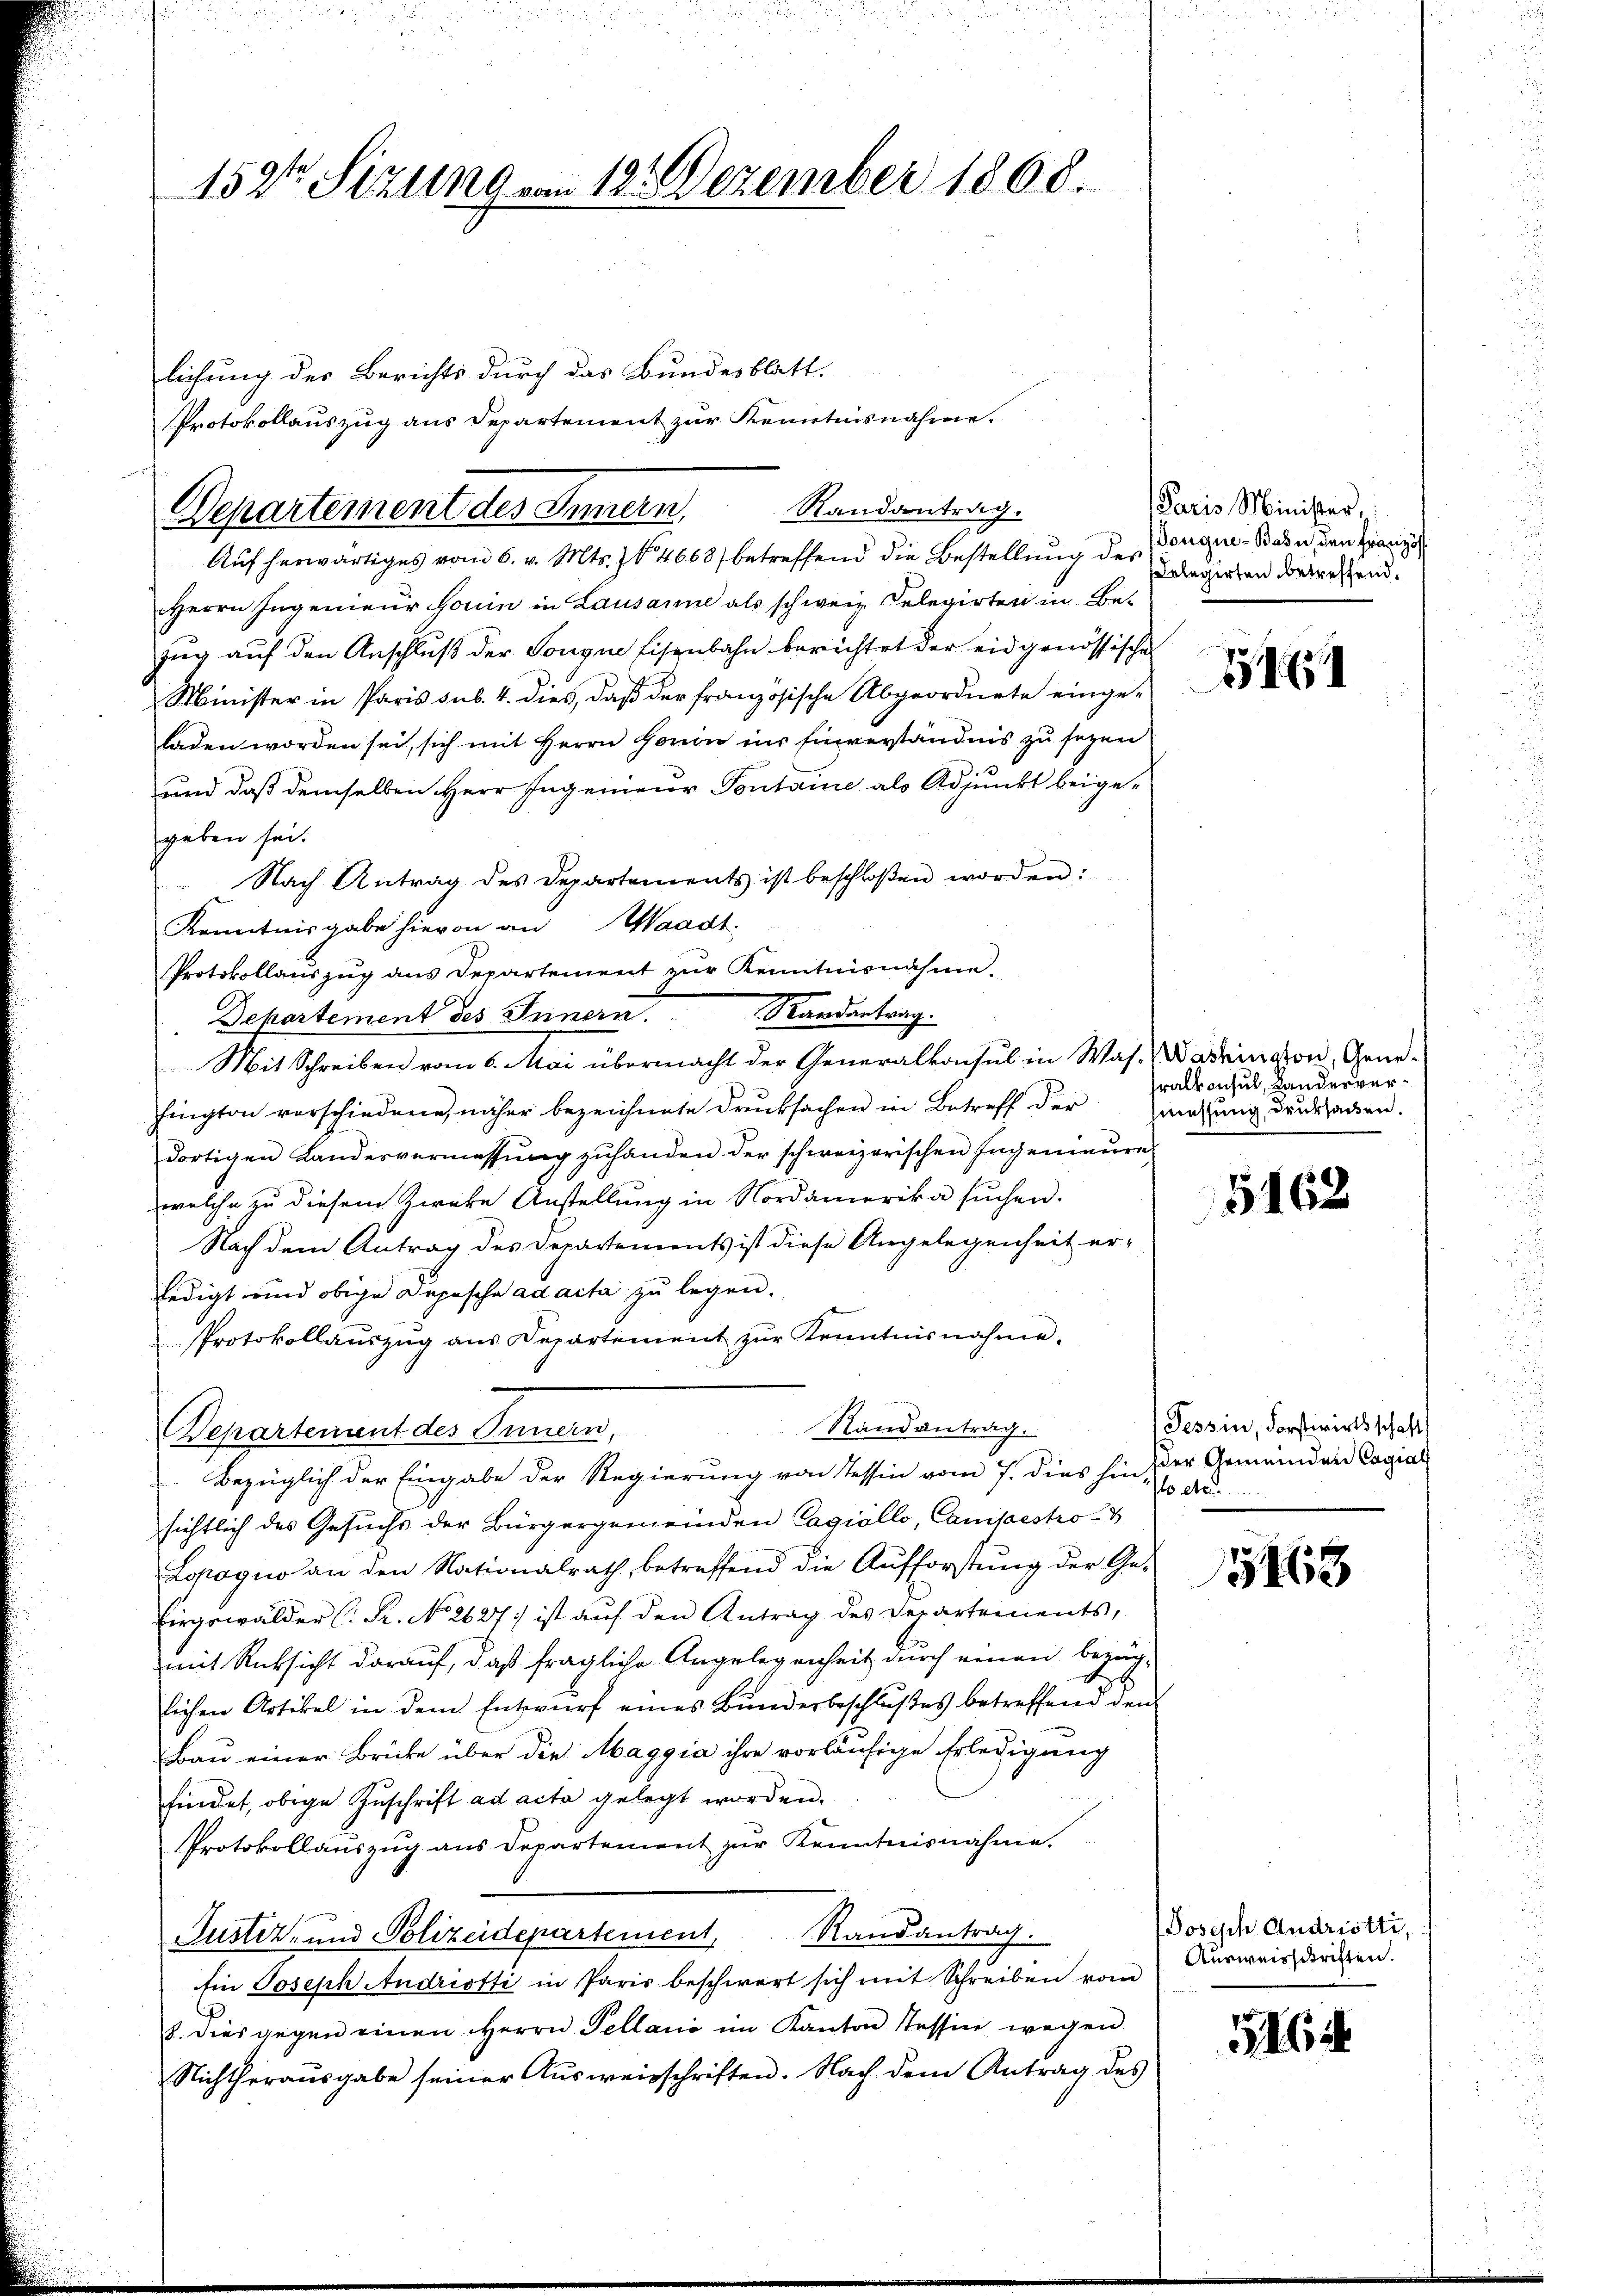
152ten Sitzung von 12. Dezember 1868.

lichung des Berichts durch das Bundesblatt.
Protokollauszug aus Departement zur Kenntnisnahme.
Randantrag.
Aŭf herwärtiges vom 6. v. Mts. 14668 betreffend die Bestellŭng des
Herrn Ingenieur Fouin in Lausanne als schweiz. Relegirten in Be-
zug auf den Anschluß der Songue Eisenbahn berichtet der eidgenössische
Minister in Paris sub. 4. dies, daß der französische Abgeordnete eingeladen worden sei, sich mit Herrn Honin ins Einverständnis zu sezen
und daß demselben Herr Ingenieur Sontaine als Adjunkt beige-
geben sei.
Nach Antrag des Departements ist beschloßen worden:
Kenntnisgabe hievon an Waadt.
Protokollauszug ans Departement zŭr Kenntnisnahme.
Randantrag.
Departement des Innern.
Mit Schreiben vom 6. Mai übermacht der Generalkonsul in Was. Washington, Genehington verschiedene, näher bezeichnete Drucksachen in Betreff der Gratung drucksacken.
dortigen Landesvermessung zuhanden der schweizerischen Ingenieure
welche zu diesem Zweke Anstellung in Nordamerika suchen.
Nach dem Antrag des Departements ist diese Angelegenheit er-
ledigt und obige Depesche ad acta zu legen.
Protokollaŭszŭg aŭs Kepartement zŭr Kenntnisnahme.
Randantrag.
Departement des Innern,
Bezüglich der Eingabe der Regierung von Tessin vom 7. dies hin der Gemeinden Cagial
sichtlich des Gesuchs der Bürgergemeinden Cagiöllo, Campestro
Lopagio an den Nationalrath, betreffend die Aufforstung der Ge-
Eingswälder (: St. No 2627) ist auf den Antrag des Departements,
mit Rücksicht darauf, daß fragliche Angelegenheit durch einen bezüg-
lichen Artikel in dem Entwurf eines Bunderbeschlußes betreffend den
Bau einer Brücke über die Maggia ihre vorläufige Erledigung
findet, obige Zŭschrift ad acta gelegt worden.
Protokollauszug aus Departement zur Kenntnisnahme.
Justiz- und Polizeidepartement, Randantrag.
Ein Joseph Andriotti in Paris beschwert sich mit Schreiben vom
b. dies gegen einen Herrn Pellanić im Kanton Tessin wegen.
Nichtheraŭsgabe seiner Aŭsweisschriften. Nach dem Antrag des

Departement des Innern,

Paris Minister,
Douque-Bahn, den Französ
elegirten betreffend.

7161

ralkonsul, Landesver¬

5162

Tessin, Forstwirtsschaft
s etc.

5463

Joseph Andristti,
Ausweisschriften.

564